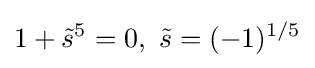
1+{\tilde {s}}^{5}=0,\ {\tilde {s}}=(-1)^{1/5}